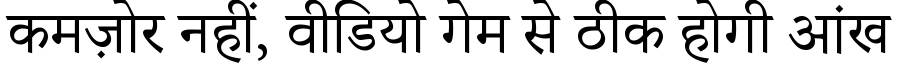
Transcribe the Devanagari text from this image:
कमज़ोर नहीं, वीडियो गेम से ठीक होगी आंख